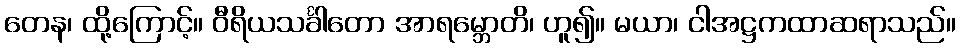
တေန၊ ထို့ကြောင့်။ ဝီရိယသင်္ခါတော အာရမ္ဘောတိ၊ ဟူ၍။ မယာ၊ ငါအဋ္ဌကထာဆရာသည်။